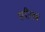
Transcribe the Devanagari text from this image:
स्पीलर्ब